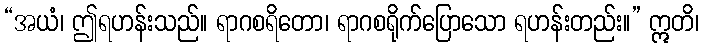
“အယံ၊ ဤရဟန်းသည်။ ရာဂစရိတော၊ ရာဂစရိုက်ပြောသော ရဟန်းတည်း။” ဣတိ၊